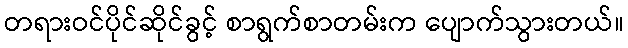
တရားဝင်ပိုင်ဆိုင်ခွင့် စာရွက်စာတမ်းက ပျောက်သွားတယ်။